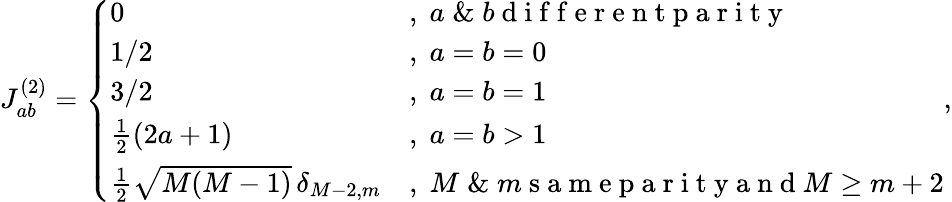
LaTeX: \begin{array}{r}{J_{ab}^{(2)}=\left\{ \begin{array}{ll}{0}&{,\; a\; \& \; b\mathrm{~d~i~f~f~e~r~e~n~t~p~a~r~i~t~y~}}\\ {1/2}&{,\; a=b=0}\\ {3/2}&{,\; a=b=1}\\ {\frac 12(2a+1)}&{,\; a=b>1}\\ {\frac 12\sqrt{M(M-1)}\, \delta_{M-2,m}}&{,\; M\; \& \; m\mathrm{~s~a~m~e~p~a~r~i~t~y~a~n~d~}M\ge m+2}\end{array}\right.,}\end{array}